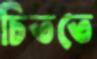
চিততে